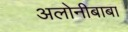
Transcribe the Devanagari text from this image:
अलोनीबाबा